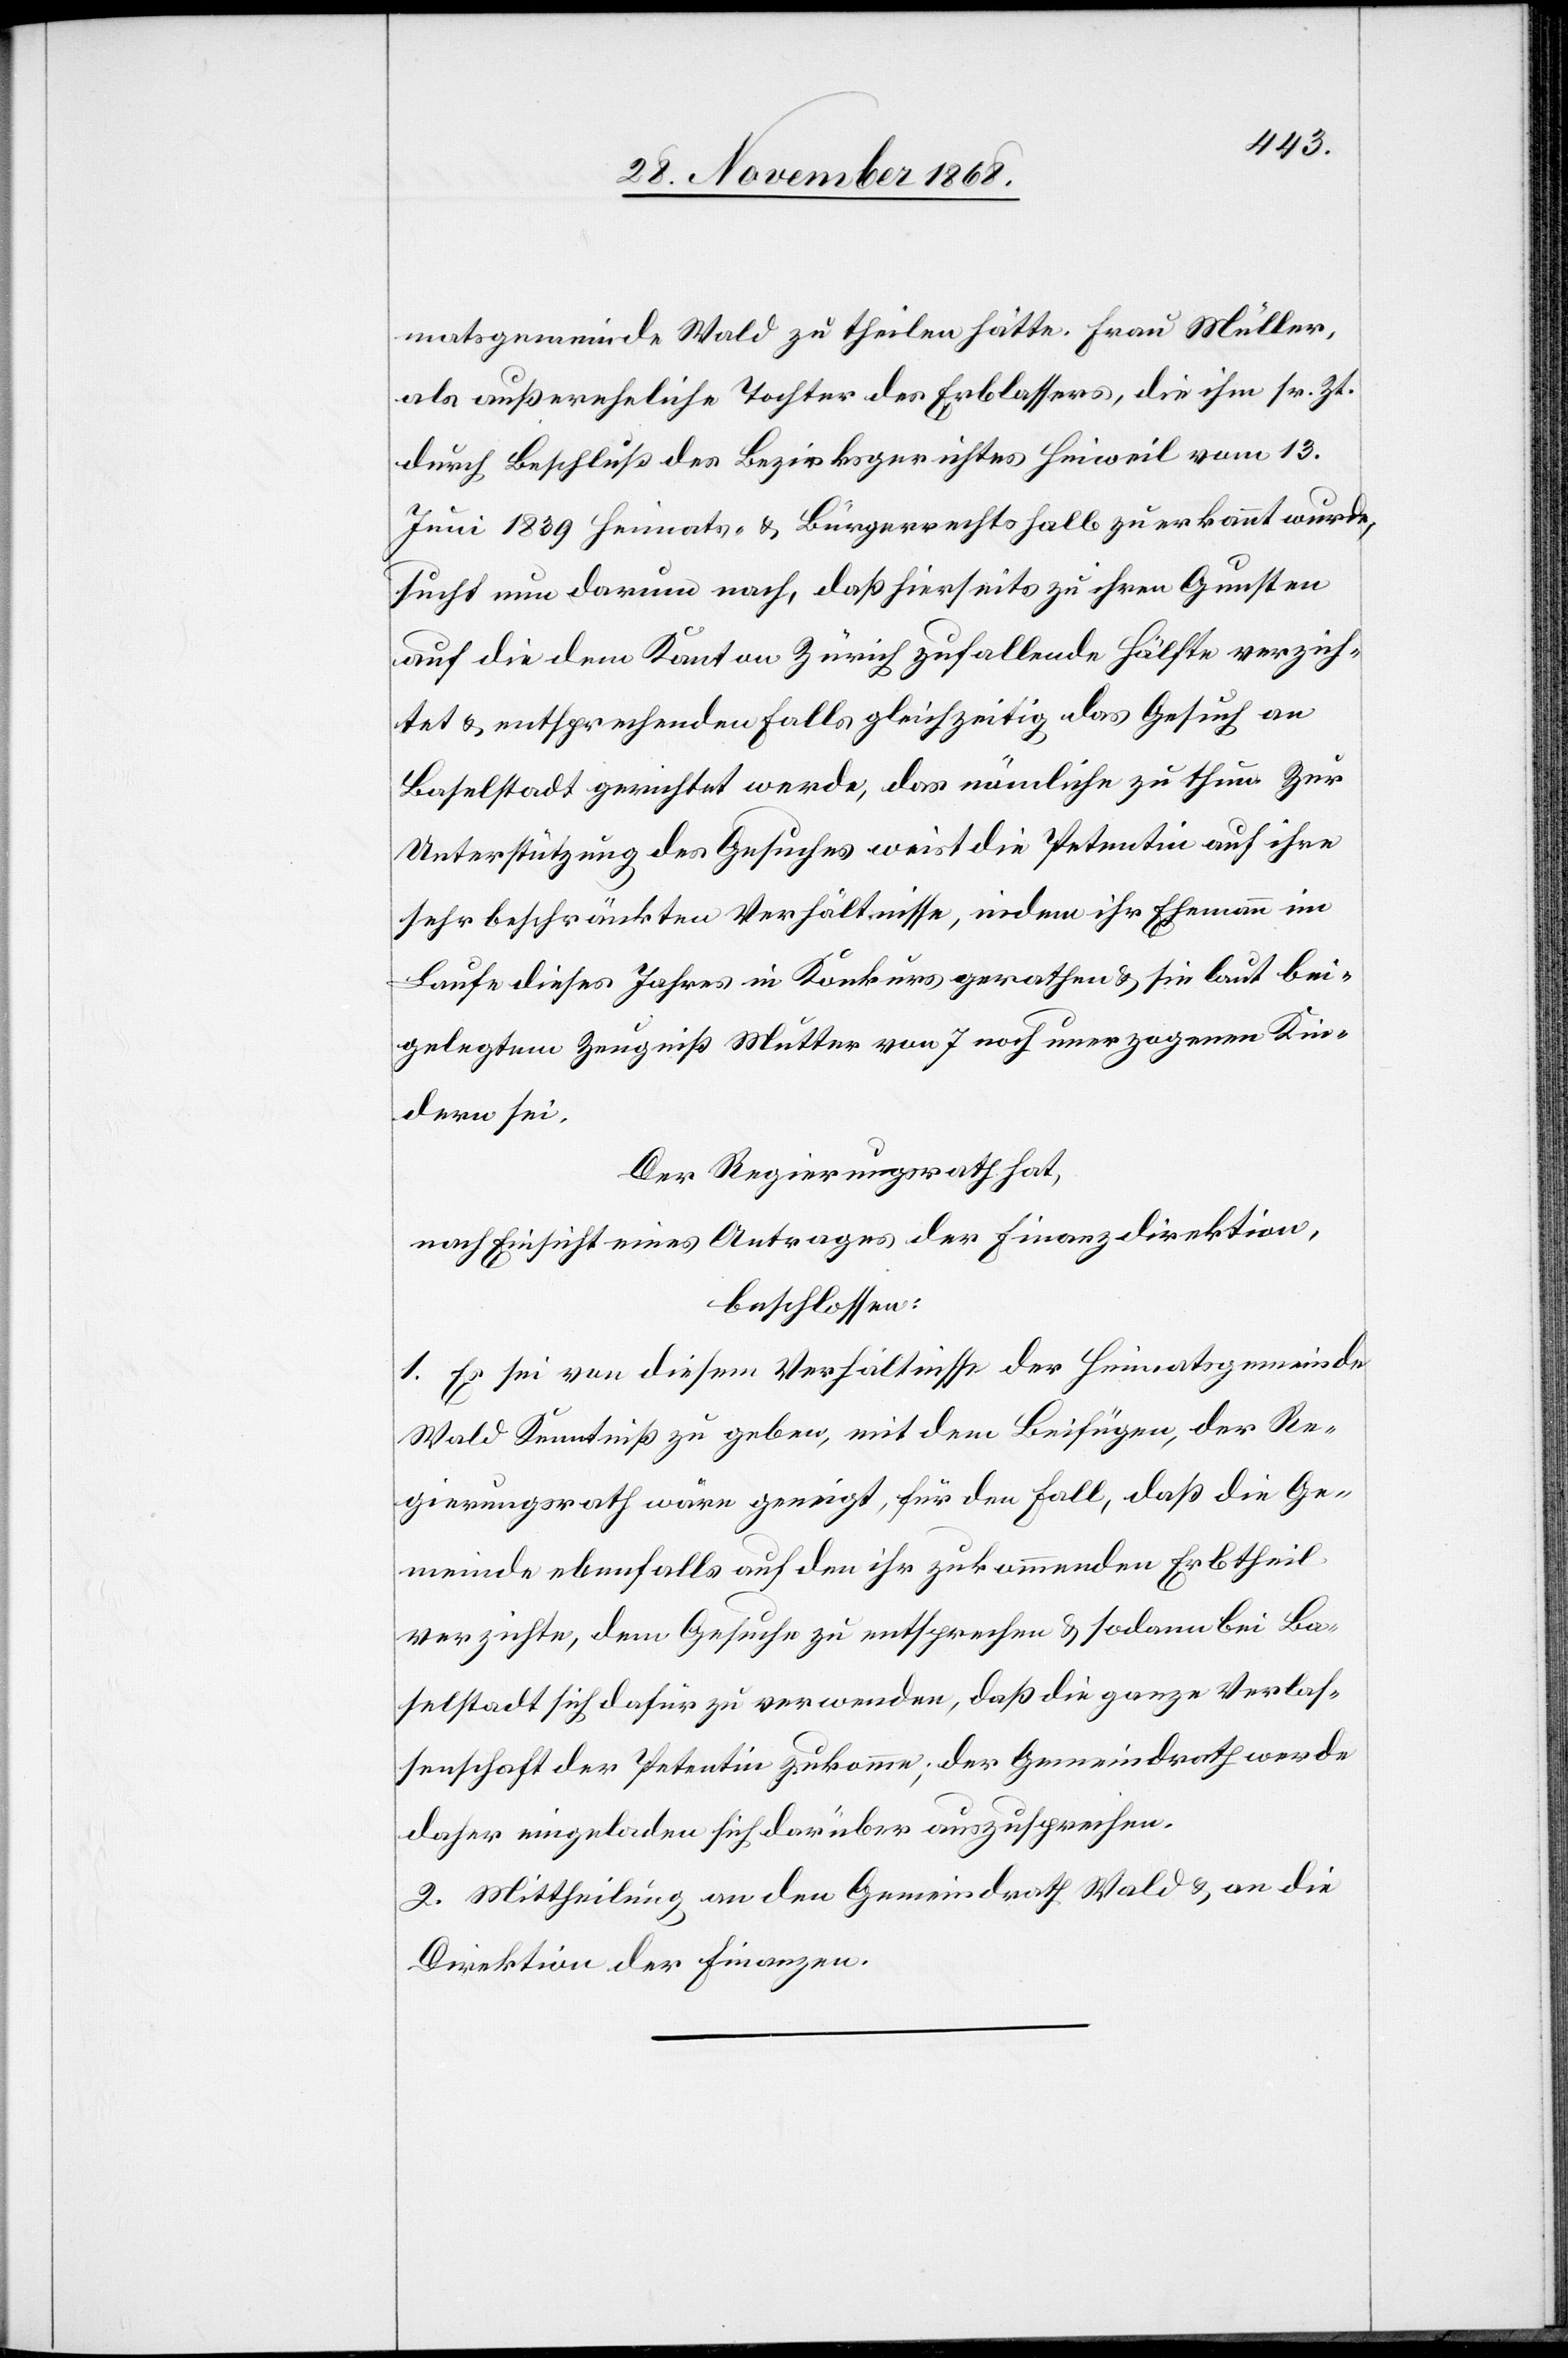
matsgemeinde Wald zu theilen hätte. Frau Müller,
als außereheliche Tochter des Erblassers, die ihm sr. Zt.
durch Beschluß des Bezirksgerichtes Hinweil vom 13.
Juni 1839 Heimats- & Bürgerrechts halb zuerkannt wurde,
sucht nun darum nach, daß hierseits zu ihren Gunsten
auf die dem Kanton Zürich zufallende Hälfte verzich¬
tet & entsprechenden Falls gleichzeitig das Gesuch an
Baselstadt gerichtet werde, das nämliche zu thun. Zur
Unterstützung des Gesuches weist die Petentin auf ihre
sehr beschränkten Verhältnisse, indem ihr Ehemann im
Laufe dieses Jahres in Konkurs gerathen & sie laut bei¬
gelegtem Zeugniß Mutter von 7 noch unerzogenen Kin¬
dern sei.
Der Regierungsrath hat,
nach Einsicht eines Antrages der Finanzdirektion,
beschlossen:
1. Es sei von diesem Verhältnisse der Heimatsgemeinde
Wald Kenntniß zu geben, mit dem Beifügen, der Re¬
gierungsrath wäre geneigt, für den Fall, daß die Ge¬
meinde ebenfalls auf den ihr zukommenden Erbtheil
verzichte, dem Gesuche zu entsprechen & sodann bei Ba¬
selstadt sich dafür zu verwenden, daß die ganze Verlas¬
senschaft der Petentin zukomme; der Gemeindrath werde
daher eingeladen sich darüber auszusprechen.
2. Mittheilung an den Gemeindrath Wald & an die
Direktion der Finanzen.